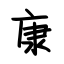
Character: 康